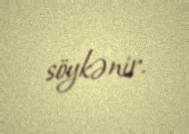
söykənir.